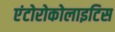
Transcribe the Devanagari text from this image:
एंटोरोकोलाइटिस